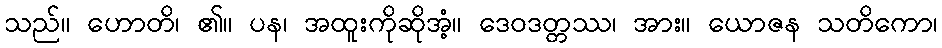
သည်။ ဟောတိ၊ ၏။ ပန၊ အထူးကိုဆိုအံ့။ ဒေဝဒတ္တဿ၊ အား။ ယောဇန သတိကော၊